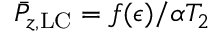
\bar { P } _ { z , \mathrm { L C } } = f ( \epsilon ) / \alpha T _ { 2 }